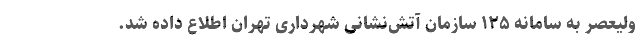
ولیعصر به سامانه ۱۲۵ سازمان آتش‌نشانی شهرداری تهران اطلاع داده شد.